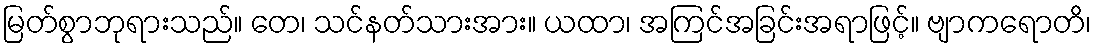
မြတ်စွာဘုရားသည်။ တေ၊ သင်နတ်သားအား။ ယထာ၊ အကြင်အခြင်းအရာဖြင့်။ ဗျာကရောတိ၊